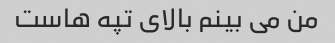
من می بینم بالای تپه هاست